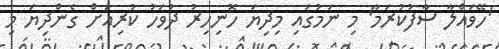
'ހޭވައްލާ ސާފުކުރަމާ' މި ނަމުގައި މިދިޔަ ހޮނިހިރު ދުވަހު ކުރިއަށް ގެންދިޔަ މި